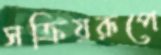
সক্রিয়রূপে